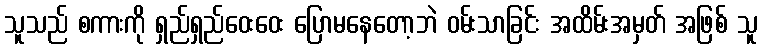
သူသည် စကားကို ရှည်ရှည်ဝေးဝေး ပြောမနေတော့ဘဲ ဝမ်းသာခြင်း အထိမ်းအမှတ် အဖြစ် သူ